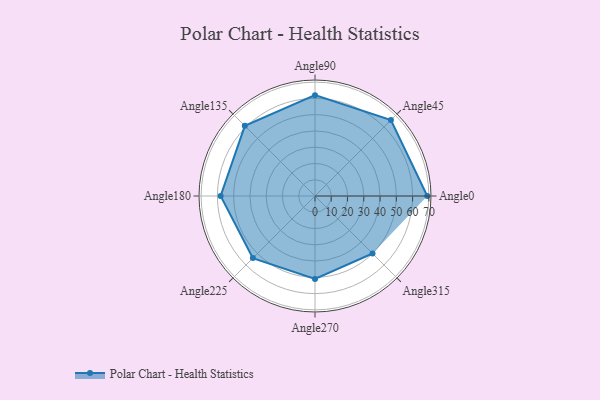
{"axis": {"x": "Angle", "y": "Radius"}, "legend": [""], "data": [{"x": "Angle0", "y": 69.0, "type": ""}, {"x": "Angle45", "y": 66.0, "type": ""}, {"x": "Angle90", "y": 62.0, "type": ""}, {"x": "Angle135", "y": 61.0, "type": ""}, {"x": "Angle180", "y": 58.0, "type": ""}, {"x": "Angle225", "y": 54.0, "type": ""}, {"x": "Angle270", "y": 51.0, "type": ""}, {"x": "Angle315", "y": 50, "type": ""}]}